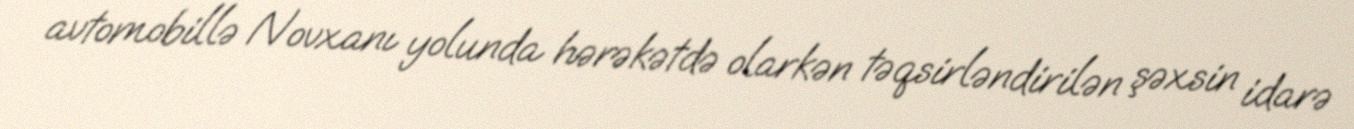
avtomobillə Novxanı yolunda hərəkətdə olarkən təqsirləndirilən şəxsin idarə